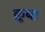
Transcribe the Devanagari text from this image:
क़ूबा